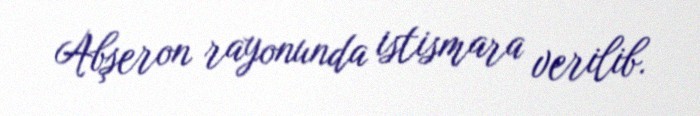
Abşeron rayonunda istismara verilib.